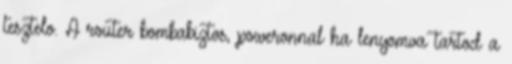
tesztelo. A router bombabiztos, poweronnal ha lenyomva tartod a